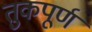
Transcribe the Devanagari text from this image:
तुकपूर्ण